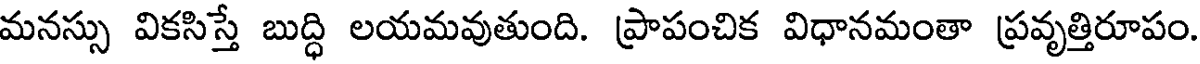
మనస్సు వికసిస్తే బుద్ధి లయమవుతుంది. ప్రాపంచిక విధానమంతా ప్రవృత్తిరూపం.